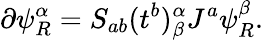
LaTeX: \partial\psi_{R}^{\alpha}=S_{ab}(t^{b})_{\beta}^{\alpha}J^{a}\psi_{R}^{\beta}.